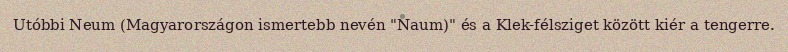
Utóbbi Neum (Magyarországon ismertebb nevén "Naum)" és a Klek-félsziget között kiér a tengerre.